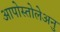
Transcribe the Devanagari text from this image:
आपोस्तोलेअनु